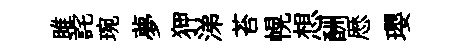
雎詫琬夢狎涕苔幌想酬厯瓔